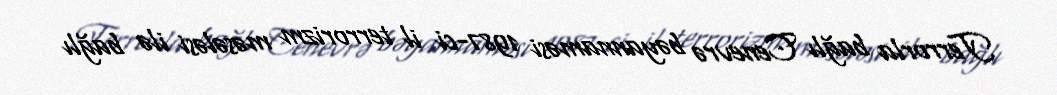
Terrorla bağlı Cenevrə bəyannaməsi 1987-ci il terrorizm məsələsi ilə bağlı